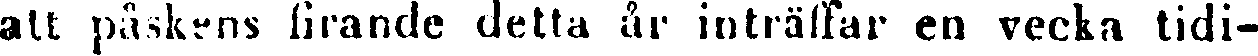
att påskens firande detta år inträffar en vecka tidi-